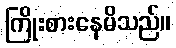
ကြိုးစားနေမိသည်။